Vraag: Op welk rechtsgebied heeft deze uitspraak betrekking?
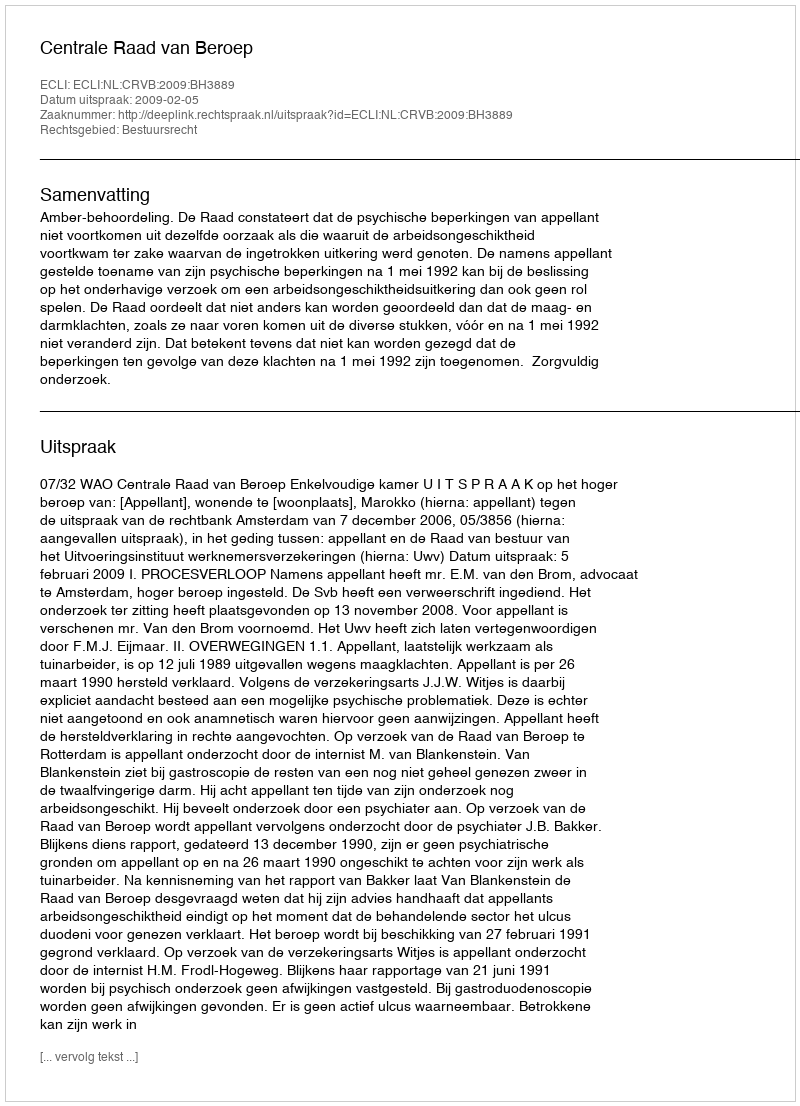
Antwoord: Bestuursrecht